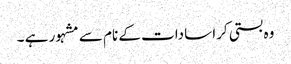
وہ بستی کرا سادات کے نام سے مشہور ہے ۔